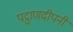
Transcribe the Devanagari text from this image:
पट्ठाणदीपनी